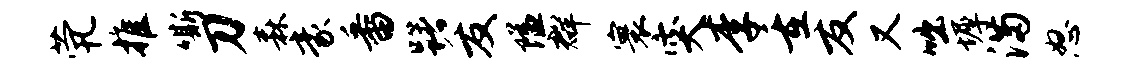
茕推嘶刀森豪番躇友隘群寰突李重友又咄墀满怒